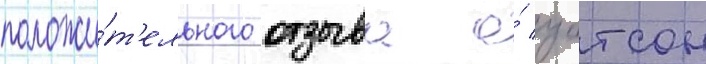
положи́т'ельного отзыва о́ уотсон